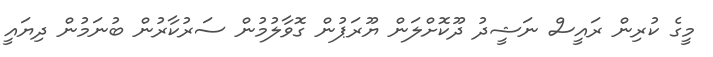
މީގެ ކުރިން ރައީސް ނަޝީދު ދޫކޮށްލަން ޔޫރަޕުން ގޮވާލުމުން ސަރުކާރުން ބުނަމުން ދިޔައީ